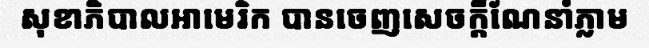
សុខាភិបាលអាមេរិក បានចេញសេចក្តីណែនាំភ្លាម